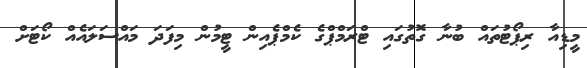
މީޑިއާ ރިޕޯޓުތައް ބުނާ ގޮތުގައި ޓްރަމްޕްގެ ކެމްޕެއިން ޓީމުން މިފަދަ މައްސަލައެއް ކޯޓަށް